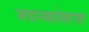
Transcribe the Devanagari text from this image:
जपानबरोबरचा